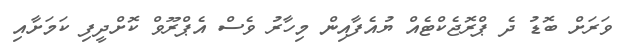
ވަރަށް ބޮޑު ދެ ޕްރޮޖެކްޓެއް ޔުއެފާއިން މިހާރު ވެސް އެޕްރޫވް ކޮށްދީފި ކަމަށާއި